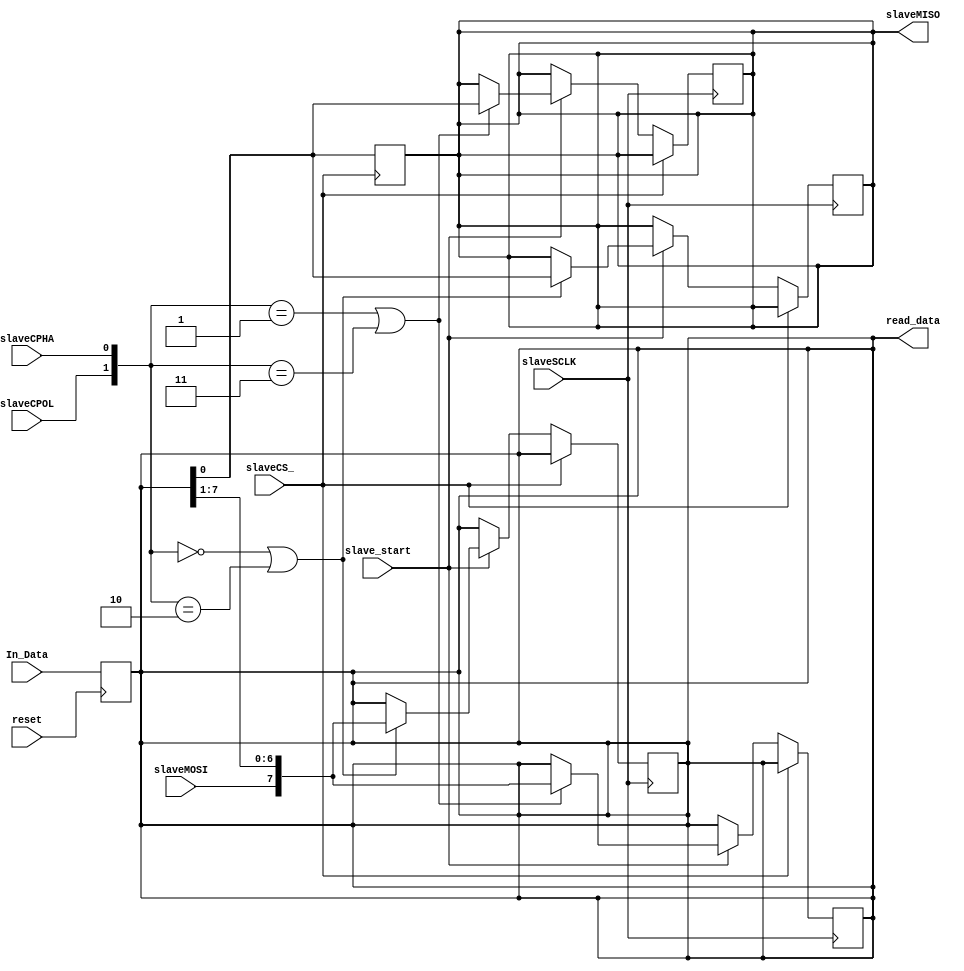
module SPI_Slave
(
reset,
In_Data,
slaveCPOL, 
slaveCPHA,
slaveSCLK, 
slaveCS_, 
slaveMISO, 
slaveMOSI,
slave_start,
read_data
);                   //SCLK: SPI clock; //MOSI: Master out Slave in;  
                                //MISO: Master in Slave out; //ExData: External data to be communicated
input wire [7:0] In_Data;
input wire reset;
input wire slaveSCLK, slaveCPOL, slaveCPHA; 
input wire slaveCS_;
input wire slaveMOSI; 
input wire slave_start;

output reg slaveMISO;
output wire [7:0] read_data; // output_data, the data from Master

reg [7:0] memReg;//internal memory register


always@ (posedge reset)
begin
memReg = In_Data;
end

always@(negedge slaveCS_)
 slaveMISO = memReg[0]; //sending
    
always @ (negedge slaveSCLK) 
begin
if(slaveCS_==0)
begin
    if(slave_start==1)
    begin
     if ({slaveCPOL,slaveCPHA}==0 ||{slaveCPOL,slaveCPHA}==2 ) // send on falling 
     slaveMISO = memReg[0]; //sending
     
     if ({slaveCPOL,slaveCPHA}==1 ||{slaveCPOL,slaveCPHA}==3 ) // read on falling
     memReg ={slaveMOSI,memReg[7:1]};

    end
  
 end
end
always@(posedge slaveSCLK) // rising edge
begin
if(slaveCS_==0)
begin

 if(slave_start==1)
begin
    if ({slaveCPOL,slaveCPHA}==1 ||{slaveCPOL,slaveCPHA}==3 ) // send on rising
    slaveMISO = memReg[0];
    if ({slaveCPOL,slaveCPHA}==0 ||{slaveCPOL,slaveCPHA}==2 ) // read on rising
    memReg <={slaveMOSI,memReg[7:1]};
end
end
end
assign read_data = memReg;

endmodule 


module SPI_Master
                  (input clk ,input start,input load , input [7:0]data_to_write ,
                    input [1:0]slave_address , input cpol , input cpha , 
                    input MISO,

                    output reg SCLK , output reg CS1 , output reg CS2 , output reg CS3,
                    output reg MOSI , output reg [7:0] data_read ,output reg slave_start) ;


reg sampled = 1;
reg sclk_old;
reg communication_flag= 1;
reg CPOL ;
reg CPHA ;
reg [7:0]transmission_buffer ;

integer transmission_iterator =0 ;
integer count = 0;
integer countr = 0;

always @(posedge clk)
begin
if(load)
transmission_buffer = data_to_write;

if(count==17 && communication_flag==1)
begin
slave_start = 0;
count =0;
countr = 0;
end
if(transmission_iterator==8)
begin
sampled=0;
slave_start = 0;
end

if(start && communication_flag)
begin
communication_flag = 0;
countr = 0;
count = 0;
CPOL = cpol;
CPHA = cpha;
transmission_iterator = 0;
end
if(!communication_flag)
begin
    //1-} generating sclk from clk
    Generate_SCLK();

    read_write();
   
end
end
task Generate_SCLK();
begin
        if(count==0) // if it's the start of the communication
        begin
                SCLK=CPOL; // idel state
                count = count+1;
                sampled = 0;
{CS1,CS2,CS3} = 'b111 ;
    case(slave_address)
    0 : CS1 = 0 ;
    1 : CS2 = 0 ;
    2 : CS3 = 0 ;
    endcase
if(!CPHA)
begin
MOSI = transmission_buffer[0];
countr = countr+1;
end
        end
        else
        begin
                sclk_old=SCLK; 
                SCLK = ~SCLK;
                if(count==1)
                begin
                   if(CPOL==1)
                   sampled = 0;
                   else
                   begin
                   slave_start = 1;
                   sampled = 1;
                   end
                   count = count + 1;
                end
                else
                begin
                   if(sampled==0)
                   begin sampled = 1;
                   slave_start = 1;
                   end
                   else
                   count = count+1;
                end
        end
end
endtask

task read_write() ;
begin
	//CPHA == 1 , write on rising edge , read on falling 
if(sampled==1)
begin
	if(CPHA)
	begin

                if(countr ==2)
                begin
                transmission_iterator = transmission_iterator+1;
                countr = 0;
                end

                if(sclk_old == 0 && SCLK == 1 )
	        begin
                       MOSI = transmission_buffer[transmission_iterator] ;
                       countr = countr+1;
                end
	        if(sclk_old == 1 && SCLK == 0)
                begin
                       data_read[transmission_iterator] = MISO ;
                       transmission_buffer[transmission_iterator] = MISO;
                       countr = countr+1;
                end
        
	end

	//CPHA == 0 , read on rising , write on falling but the first bit will be read and sent at the start of the communication
	if(!CPHA)
	begin
                if(countr ==2)
                begin
                transmission_iterator = transmission_iterator+1;
                countr = 0;
                end

                if(sclk_old == 0 && SCLK == 1)
                begin
                     data_read[transmission_iterator] = MISO ;
                     transmission_buffer[transmission_iterator] = MISO;
                     countr = countr+1;
                end
                if (sclk_old == 1 && SCLK == 0 )
	        begin
                       MOSI = transmission_buffer[transmission_iterator] ;
                       countr = countr+1;
                end
               
	end

end
if(count==17)
begin
communication_flag<=1;
end
end
endtask 

endmodule 

module m41 ( input a, 
input b, 
input c,  
input s0, s1,
output out); 

 assign out = s1 ? (s0 ? 'bx : c) : (s0 ? b : a); 

endmodule

module m4x1 ( input[7:0] a, 
input [7:0] b, 
input [7:0] c,  
input  s0, s1,
output [7:0]out); 

 assign out = s1 ? (s0 ? 'bx : c) : (s0 ? b : a); 

endmodule

module SPI_Protocol(input start,input clk,input [7:0] data_in_master,input [7:0] data_in_slave,
output wire [7:0] data_out_master,input load,output wire [7:0] data_out_slave,input CPOL,input CPHA,
input [1:0] Address,input reset1,input reset2,input reset3);

wire SCLK;
wire MOSI;
wire MISO;
wire MISO1;
wire MISO2;
wire MISO3;
wire [7:0] data_out_slave1;
wire [7:0] data_out_slave2;
wire [7:0] data_out_slave3;
wire CS1,CS2,CS3;
wire slave_start;

m41 MUX (MISO1,MISO2,MISO3,Address[0],Address[1],MISO);
m4x1 MUX2(data_out_slave1,data_out_slave2,data_out_slave3,Address[0],Address[1],data_out_slave);

SPI_Master master (clk,start,load,data_in_master,Address,CPOL,CPHA,MISO,SCLK,CS1,CS2,CS3,MOSI,data_out_master,slave_start);

SPI_Slave slave_1 (reset1,data_in_slave,CPOL,CPHA,SCLK,CS1,MISO1,MOSI,slave_start,data_out_slave1);

SPI_Slave slave_2 (reset2,data_in_slave,CPOL,CPHA,SCLK,CS2,MISO2,MOSI,slave_start,data_out_slave2);

SPI_Slave slave_3 (reset3,data_in_slave,CPOL,CPHA,SCLK,CS3,MISO3,MOSI,slave_start,data_out_slave3);

endmodule